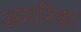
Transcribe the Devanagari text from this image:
अमरिका